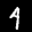
Label: 4